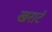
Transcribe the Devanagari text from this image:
खराटॅ